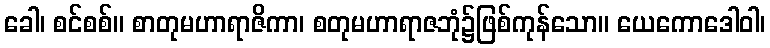
ခေါ၊ စင်စစ်။ စာတုမဟာရာဇိကာ၊ စတုမဟာရာဇဘုံ၌ဖြစ်ကုန်သော။ ယေကောဒေါဝါ၊